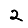
Digit: 2